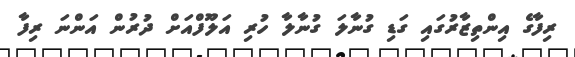
ރިފާގެ އިންތިޒާރުގައި ގަޑި ގުނާލަ ގުނާލާ ހުރި އަލޫފްއަށް ދުރުން އަންނަ ރިފާ